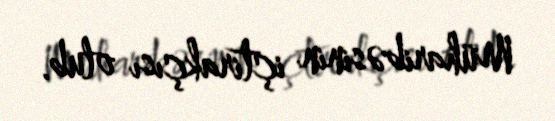
Müharibəsinin içtirakçısı olub.